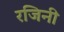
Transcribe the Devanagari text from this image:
रजिनी